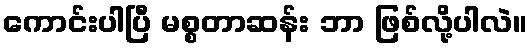
ကောင်းပါပြီ မစ္စတာဆန်း ဘာ ဖြစ်လို့ပါလဲ။